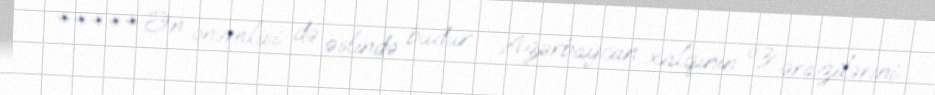
***** Ən önəmlisi də əslində budur - Azərbaycan xalqının öz ərazilərini